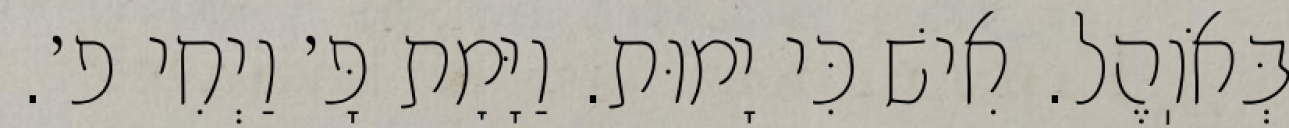
בְּאֹוֽהֶל. אִישׁ כִּי יָמוּת. וַיָּמׇת פָּ׳ וַיְחִי פ׳.